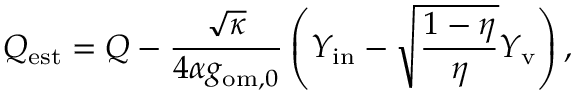
Q _ { \mathrm { e s t } } = Q - \frac { \sqrt { \kappa } } { 4 \alpha g _ { \mathrm { o m } , 0 } } \left( Y _ { \mathrm { i n } } - \sqrt { \frac { 1 - \eta } { \eta } } Y _ { \mathrm { v } } \right) ,